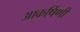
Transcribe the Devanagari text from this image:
आकर्षिणी